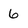
Character: 6